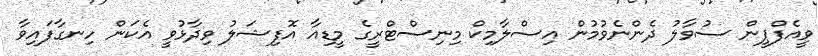
ވީއެފްޕީން ސުވާލު ދެންނެވުމުން އިސްލާމިކް މިނިސްޓްރީގެ މީޑިއާ އޮފިޝަލު ވިދާޅުވީ އެކަން ހިނގާފައިވާ